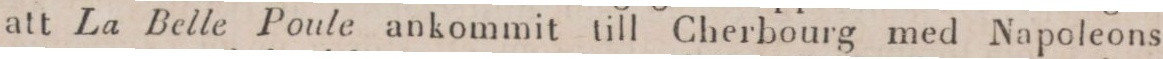
att La Belle Poule ankommit till Cherbourg med Napoleons